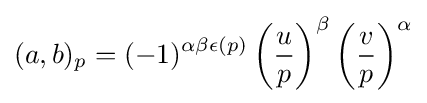
(a,b)_{p}=(-1)^{\alpha \beta \epsilon (p)}\left({\frac {u}{p}}\right)^{\beta }\left({\frac {v}{p}}\right)^{\alpha }